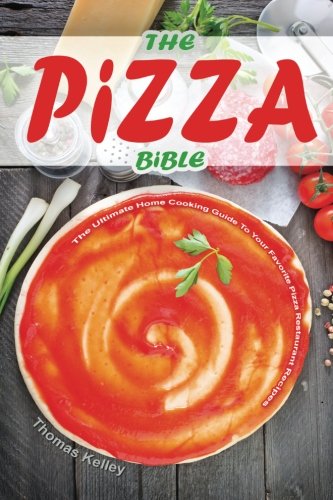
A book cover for The Pizza Bible: The Ultimate Home Cooking Guide to Your Favorite Pizza Restaurant Recipes; Thomas Kelley; Cookbooks, Food & Wine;